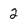
Character: 2